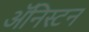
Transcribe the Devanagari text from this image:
ॲनिस्टन